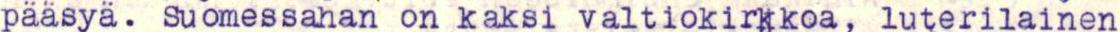
pääsyä. Suomessahan on kaksi valtiokirkkoa, luterilainen